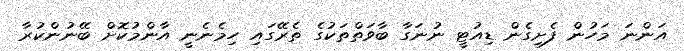
އަންނަ މަހުން ފެށިގެން ޑިއުޓީ ނުނަގާ ބާވަތްތަކުގެ ތެރޭގައި ހިމެނެނީ އާންމުކޮށް ބޭނުންކުރާ